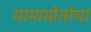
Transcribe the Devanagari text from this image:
यामामोतोचा